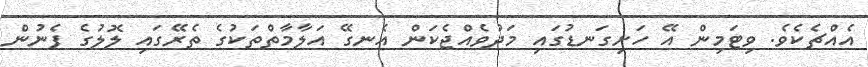
އެއްޗެކެވެ. ވިޓަމިން އޭ ހަށިގަނޑުގައި މަދުވެއްޖެކަން އެނގޭ އަލާމާތްތަކުގެ ތެރޭގައި ލޮލުގެ ފެނުން